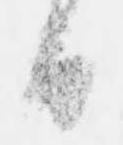
日